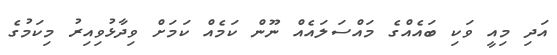
އަދި މިއީ ވަކި ބައެއްގެ މައްސަލައެއް ނޫން ކަމެއް ކަމަށް ވިދާޅުވިއިރު މިކަމުގެ